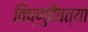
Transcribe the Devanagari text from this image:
विष्णुदैवत्यां